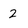
Character: 2